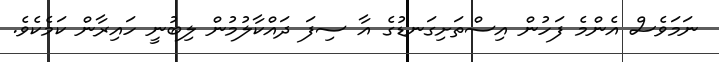
ނަމަވެސް އެންމެ ފަހުން އިސްތަށިގަނޑުގެ އާ ސިފަ ދައްކާލުމުން ލިބުނީ ހައިރާން ކަމެކެވެ.